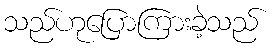
သည်ဟုပြောကြားခဲ့သည်